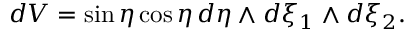
d V = \sin \eta \cos \eta \, d \eta \wedge d \xi _ { 1 } \wedge d \xi _ { 2 } .